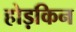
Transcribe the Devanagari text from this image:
होड़किन